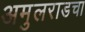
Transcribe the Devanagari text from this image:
अमुलराडचा